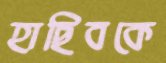
হাছিবকে